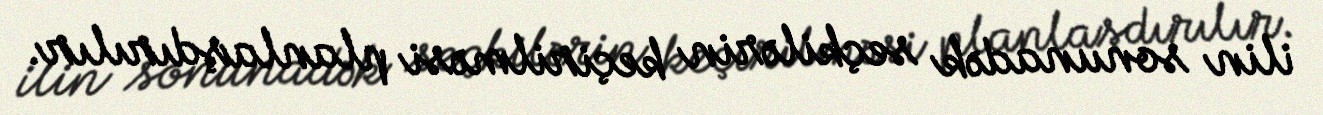
ilin sonunadək seçkilərin keçirilməsi planlaşdırılır.